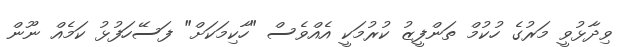
ވިދާޅުވީ މަރުގެ ހުކުމް ތަންފީޒު ކުރުމަކީ އެއްވެސް "ހާކިމަކަށް" ފަސޭހަފުޅު ކަމެއް ނޫން